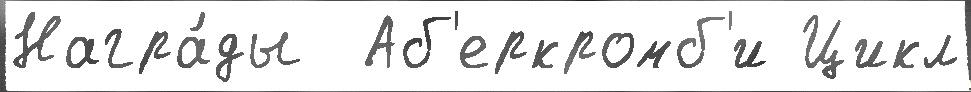
Награ́ды  Аб'еркромб'и Цикл